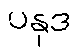
ပနုဒ